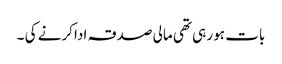
بات ہو رہی تھی مالی صدقہ ادا کرنے کی ۔